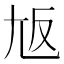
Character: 𡯘